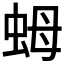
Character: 𧉯